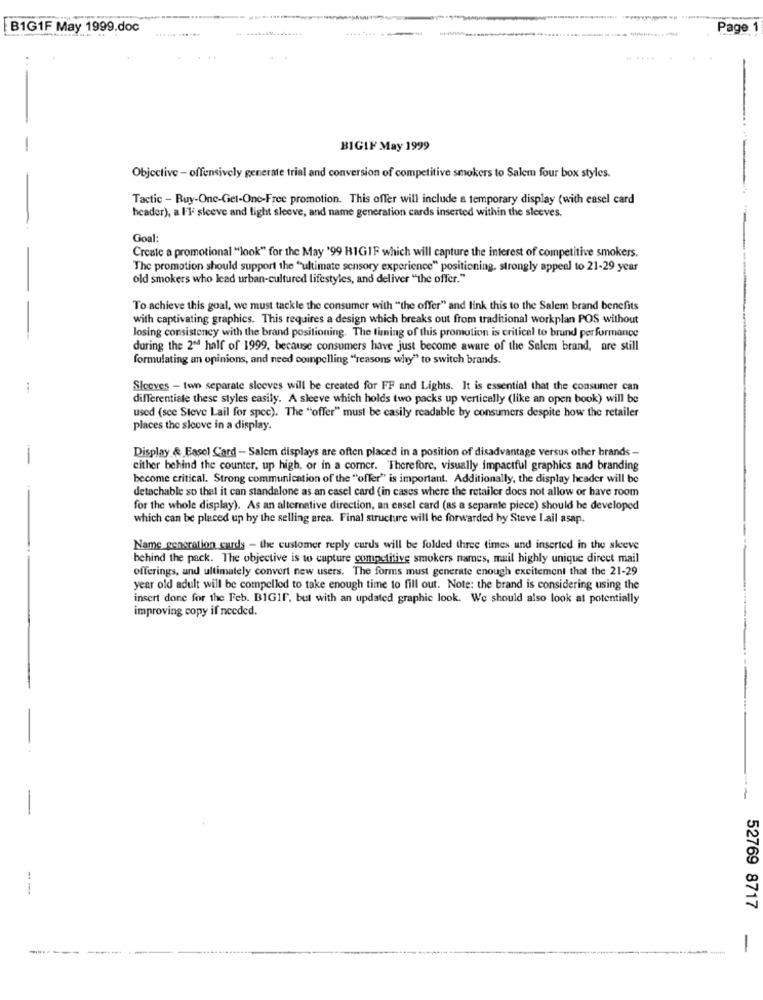
B1G1F May 1999.doc
Page 1
BIGIN May 1999
Objective - offensively generate trial and conversion of competitive smokers to Salem four box styles.
Tactic - Buy-One-Get-One-Free promotion. This offer will include a temporary display (with easel card
header), a Fl: sleeve and light sleeve, and name generation cards inserted within the sleeves.
Goal:
Create a promotional "look" for the May '99 BIGIF which will capture the interest of competitive smokers.
The promotion should support the "ultimate sensory experience" positioning, strongly appeal to 21-29 year
old smokers who lead urban-cultured lifestyles, and deliver "the offer."
To achieve this goal, we must tackle the consumer with "the offer" and link this to the Salem brand benefits
with captivating graphics. This requires a design which breaks out from traditional workplan POS without
losing consistency with the brand positioning. The timing of this promotion is critical to brund performance
during the 2ª4 half of 1999, because consumers have just become aware of the Salem brand, are still
formulating an opinions, and need compelling "reasons why" to switch brands.
..
Sleeves - two separate sleeves will be created for FF and Lights. It is essential that the consumer can
differentiale these styles easily. A sleeve which holds two packs up vertically (like an open book) will be
used (sce Steve Lail for spec). The "offer" must be casily readable by consumers despite how the retailer
places the sleeve in a display.
Display & Easel Card - Salem displays are often placed in a position of disadvantage versus other brands -
cither behind the counter, up high, or in a corner. Therefore, visually impactful graphics and branding
become critical. Strong communication of the "offer" is important. Additionally, the display header will be
detachable so that it can standalone as an casel card (in cases where the retailer does not allow or have room
for the whole display). As an alternative direction, an easel card (as a separate piece) should be developed
which can be placed up by the selling area. Final structure will be forwarded by Steve Lail asap.
Name generation curds - the customer reply curds will be folded three times und inserted in the sleeve
behind the pack. The objective is to capture competitive smokers names, mail highly unique direct mail
offerings, and ultimately convert new users. The forms must generate enough excitement that the 21-29
year old adult will be compelled to take enough time to fill out. Note: the brand is considering using the
insert done for the Feb. BIGIF, but with an updated graphic look. We should also look at potentially
improving copy if needed.
52769 8717
-